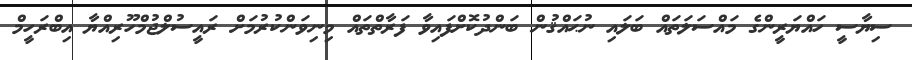
ސިޔާސީ ހައްޔަރީންގެ މައްސަލަތައް ބަލައި ނުޙައްޤުން ބަންދުކޮށްފައިވާ ފަރާތްތައް މިނިވަންކުރުމަށް ރައީސުލްޖުމްހޫރިއްޔާ އިބްރަހީމް